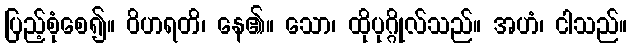
ပြည့်စုံစေ၍။ ဝိဟရတိ၊ နေ၏။ သော၊ ထိုပုဂ္ဂိုလ်သည်။ အဟံ၊ ငါသည်။